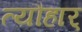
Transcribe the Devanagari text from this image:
त्यौहार्